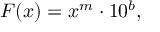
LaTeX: F ( x ) = x ^ { m } \cdot 1 0 ^ { b } ,